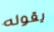
يقوله